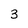
Character: 3